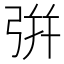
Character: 𢏳